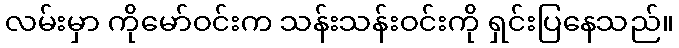
လမ်းမှာ ကိုမော်ဝင်းက သန်းသန်းဝင်းကို ရှင်းပြနေသည်။